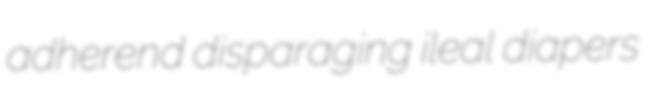
adherend disparaging ileal diapers